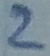
Text: 2